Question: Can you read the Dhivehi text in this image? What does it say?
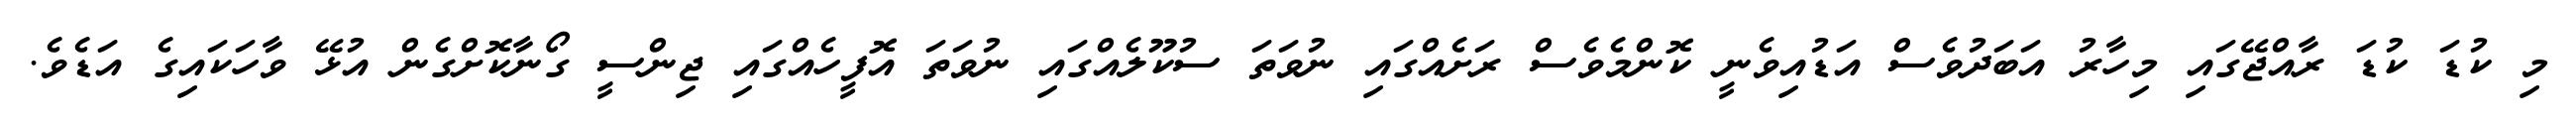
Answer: މި ކުޑަ ކުޑަ ރާއްޖޭގައި މިހާރު އަބަދުވެސް އަޑުއިވެނީ ކޮންމެވެސް ރަށެއްގައި ނުވަތަ ސުކޫލެއްގައި ނުވަތަ އޮފީހެއްގައި ޖިންސީ ގޯނާކޮށްގެން އުޅޭ ވާހަކައިގެ އަޑެވެ.